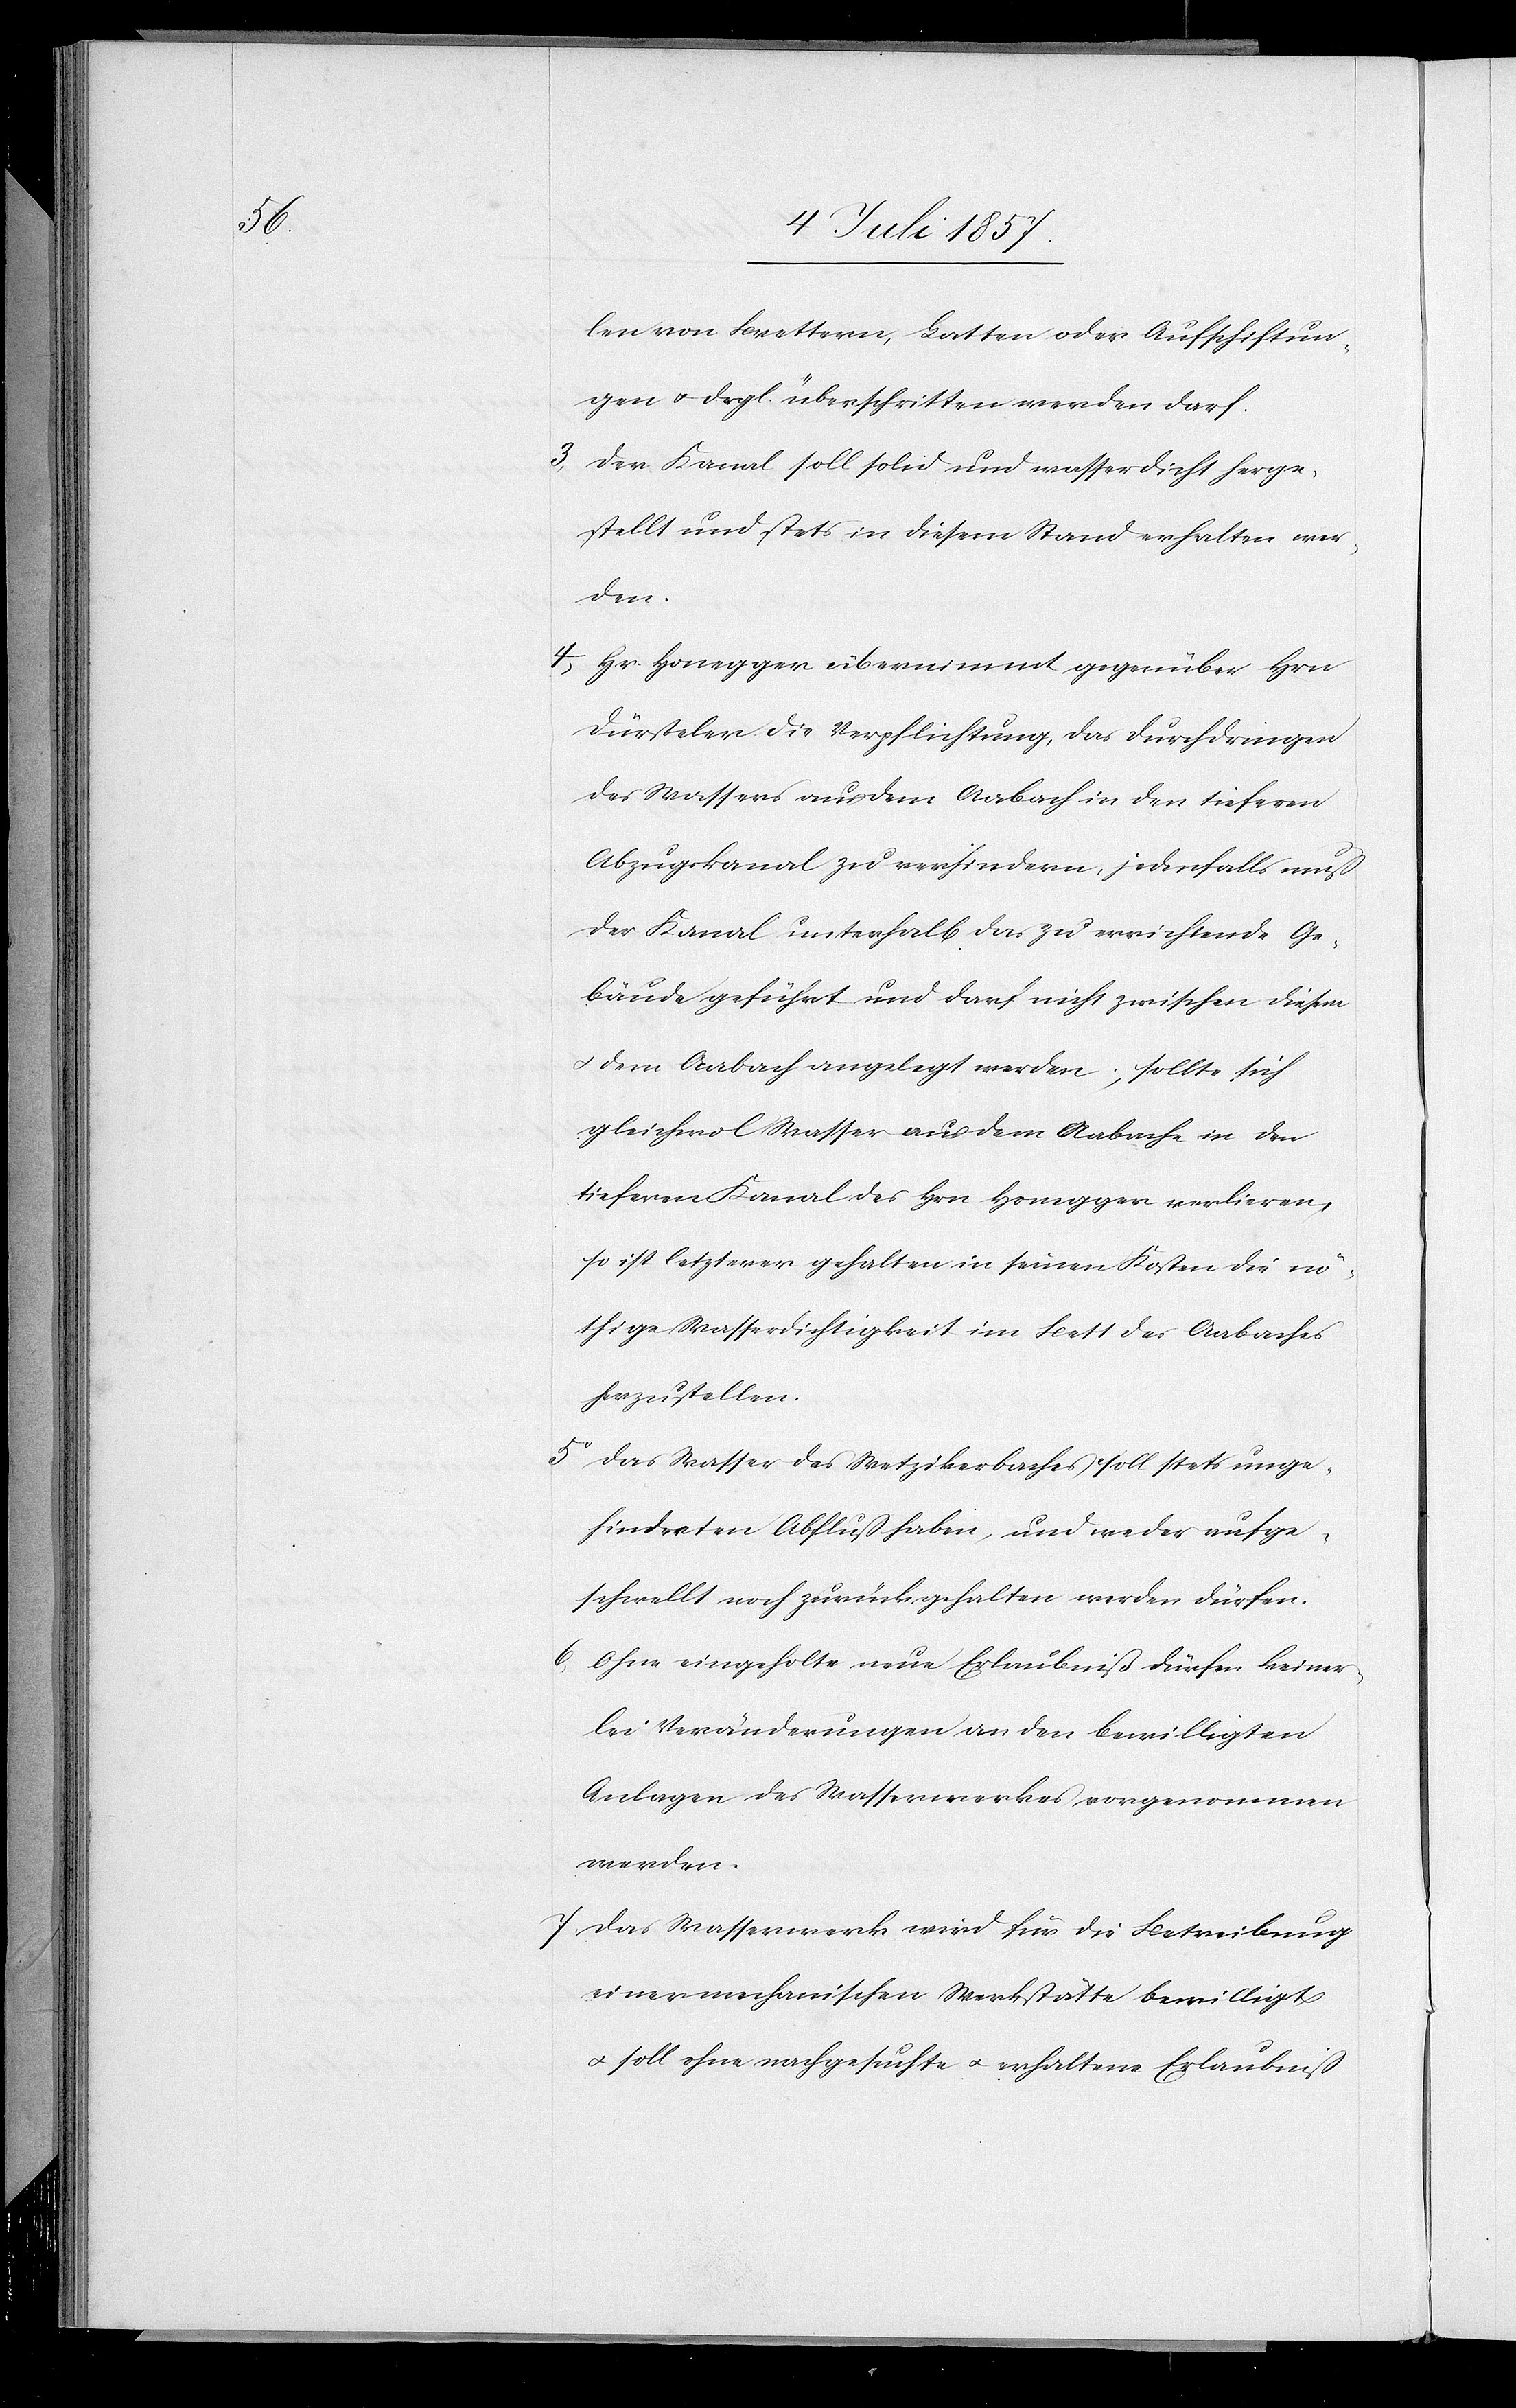
len von Brettern, Latten oder Aufschichtun¬
gen & drgl. überschritten werden darf.
3. Der Kanal soll solid und wasserdicht herge¬
stellt und stets in diesem Stand erhalten wer¬
den.
4. Hr. Honegger übernimmt gegenüber Hrn.
Dürsteler die Verpflichtung, das Durchdringen
des Wassers aus dem Aabach in den tiefern
Abzugskanal zu verhindern, jedenfalls muß
der Kanal unterhalb das zu errichtende Ge¬
bäude geführt und darf nicht zwischen diesem
& dem Aabach angelegt werden; sollte sich
gleichwol Wasser aus dem Aabache in den
tiefern Kanal des Hrn. Honegger verlieren,
so ist letzterer gehalten in seinen Kosten die nö¬
thige Wasserdichtigkeit im Bett des Aabaches
herzustellen.
5. Das Wasser des Wetzikerbaches stets unge¬
hinderten Abfluss haben, und weder aufge¬
schwellt noch zurückgehalten werden dürfen.
6.
Ohne eingeholte neue Erlaubniß dürfen keiner¬
lei Veränderungen an den bewilligten
Anlagen des Wasserwerkes vorgenommen
werden.
7. Das Wasserwerk wird für die Betreibung
einer mechanischen Werkstätte bewilligt
& soll ohne nachgesuchte & erhaltene Erlaubniß